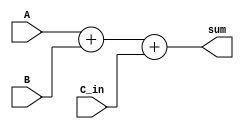
module fixed_point_adder (
    input signed [15:0] A,
    input signed [15:0] B,
    input signed [15:0] C_in,
    output reg signed [15:0] sum
);

reg signed [15:0] intermediate_result;

reg [6:0] shift_count_A;
reg [6:0] shift_count_B;
reg [6:0] shift_count_C;

always @* begin
    // First arithmetic block
    intermediate_result = A + B;
    
    // Second arithmetic block
    sum = intermediate_result + C_in;
end

endmodule